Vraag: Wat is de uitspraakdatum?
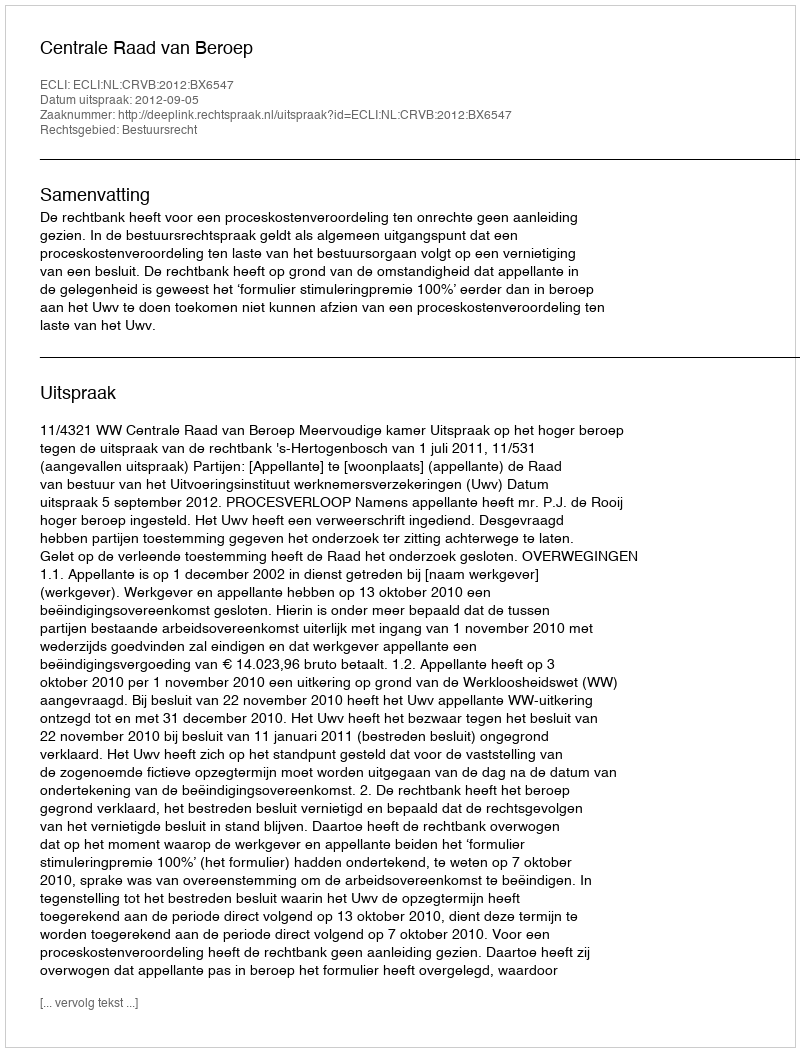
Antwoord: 2012-09-05